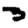
Digit: 3